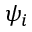
\psi _ { i }